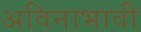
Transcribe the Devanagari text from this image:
अविनाभावी